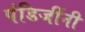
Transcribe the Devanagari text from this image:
पंडिजींनी